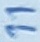
Text: 11